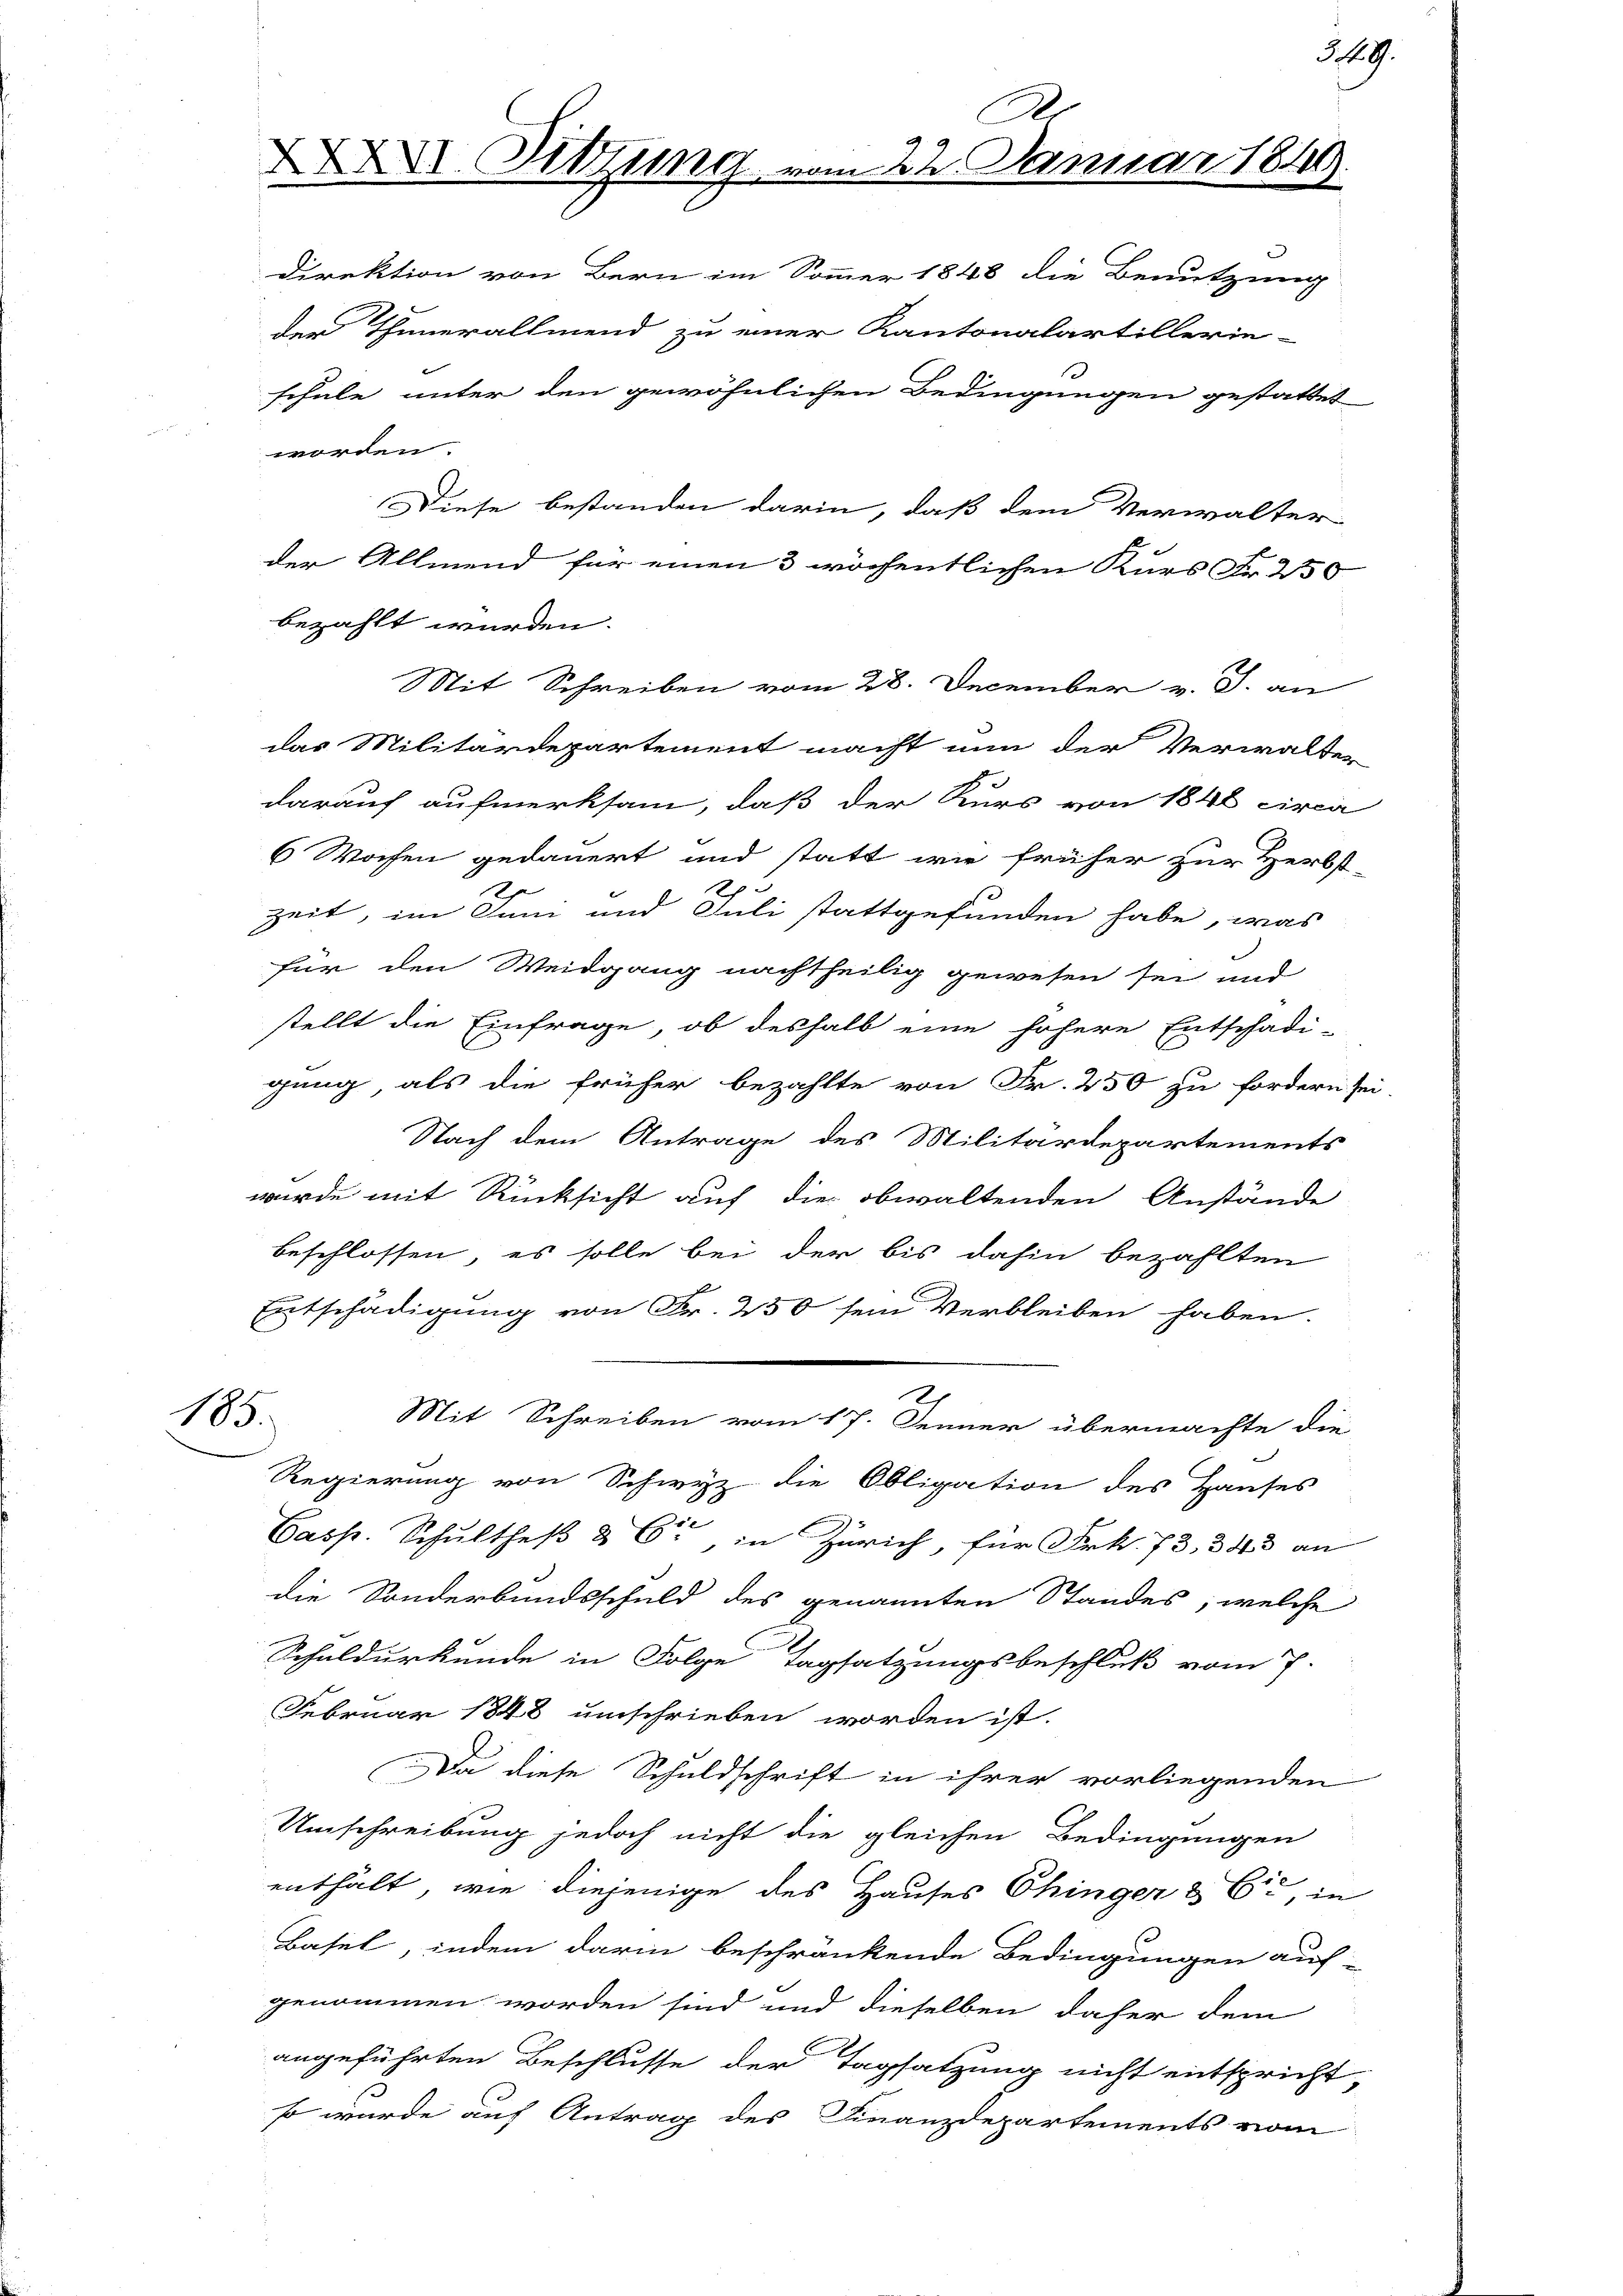
185.

Direktion von Bern im Sommer 1848 die Benutzung
der Thunerallmend zu einer Kantonalartillerie-
schule unter den gewöhnlichen Bedingungen gestattet
worden.
Diese bestanden darin, daß dem Verwalter
der Allmend für einen 3 wöchentlichen Kurs Fr. 250
bezahlt wurden.
Mit Schreiben vom 28. December v. J. an
das Militärdepartement macht nun der Verwalter
darauf aufmerksam, daß der Kurs von 1846 circa
6 Wochen gedauert und statt wie früher zur Herbst-
s
18
e
zeit, im Juni und Juli stattgefunden habe, was
für den Weidgang nachtheilig gewesen sei und
stellt die Einfrage, ob deshalb eine höhere Entschädi-
gung als die früher bezahlte von Fr. 250 zu fordern sei.
Nach dem Antrage des Militärdepartements
wurde mit Rücksicht auf die obwaltenden Anstände
beschlossen, es solle bei der bis dahin bezahlten
Entschädigung von Fr. 250 sein Verbleiben haben.
Mit Schreiben vom 17. Jenner übermachte die
Regierung von Schwyz die Obligation des Hauses
Casp. Schultheß & 6. in Zürich, für Frk. 73, 343 an
die Sonderbundsschuld des genannten Standes, welche
Schuldurkunde in Folge Tagsatzungsbeschluß vom 7.
Februar 1848 umschrieben worden ist.
Da diese Schuldschrift in ihrer vorliegenden
Umschreibung jedoch nicht die gleichen Bedingungen
enthält, wie diejenige des Hauses Chinger & Cie, in
Basel, indem darin beschränkende Bedingungen auf-
genommen worden sind und dieselben daher dem
angeführten Beschlusse der Tagsatzung nicht entspricht,
so wurde auf Antrag des Finanzdepartements vom

XX. Sitzung vom 22. Januar 1849.

3. 19.